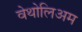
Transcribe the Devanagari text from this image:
वेथोलिअम